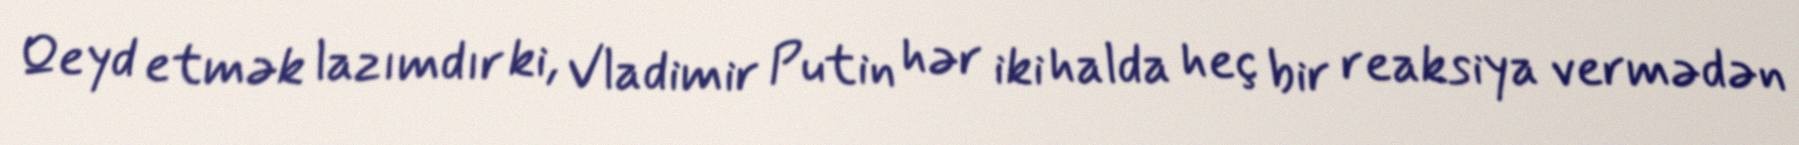
Qeyd etmək lazımdır ki, Vladimir Putin hər iki halda heç bir reaksiya vermədən